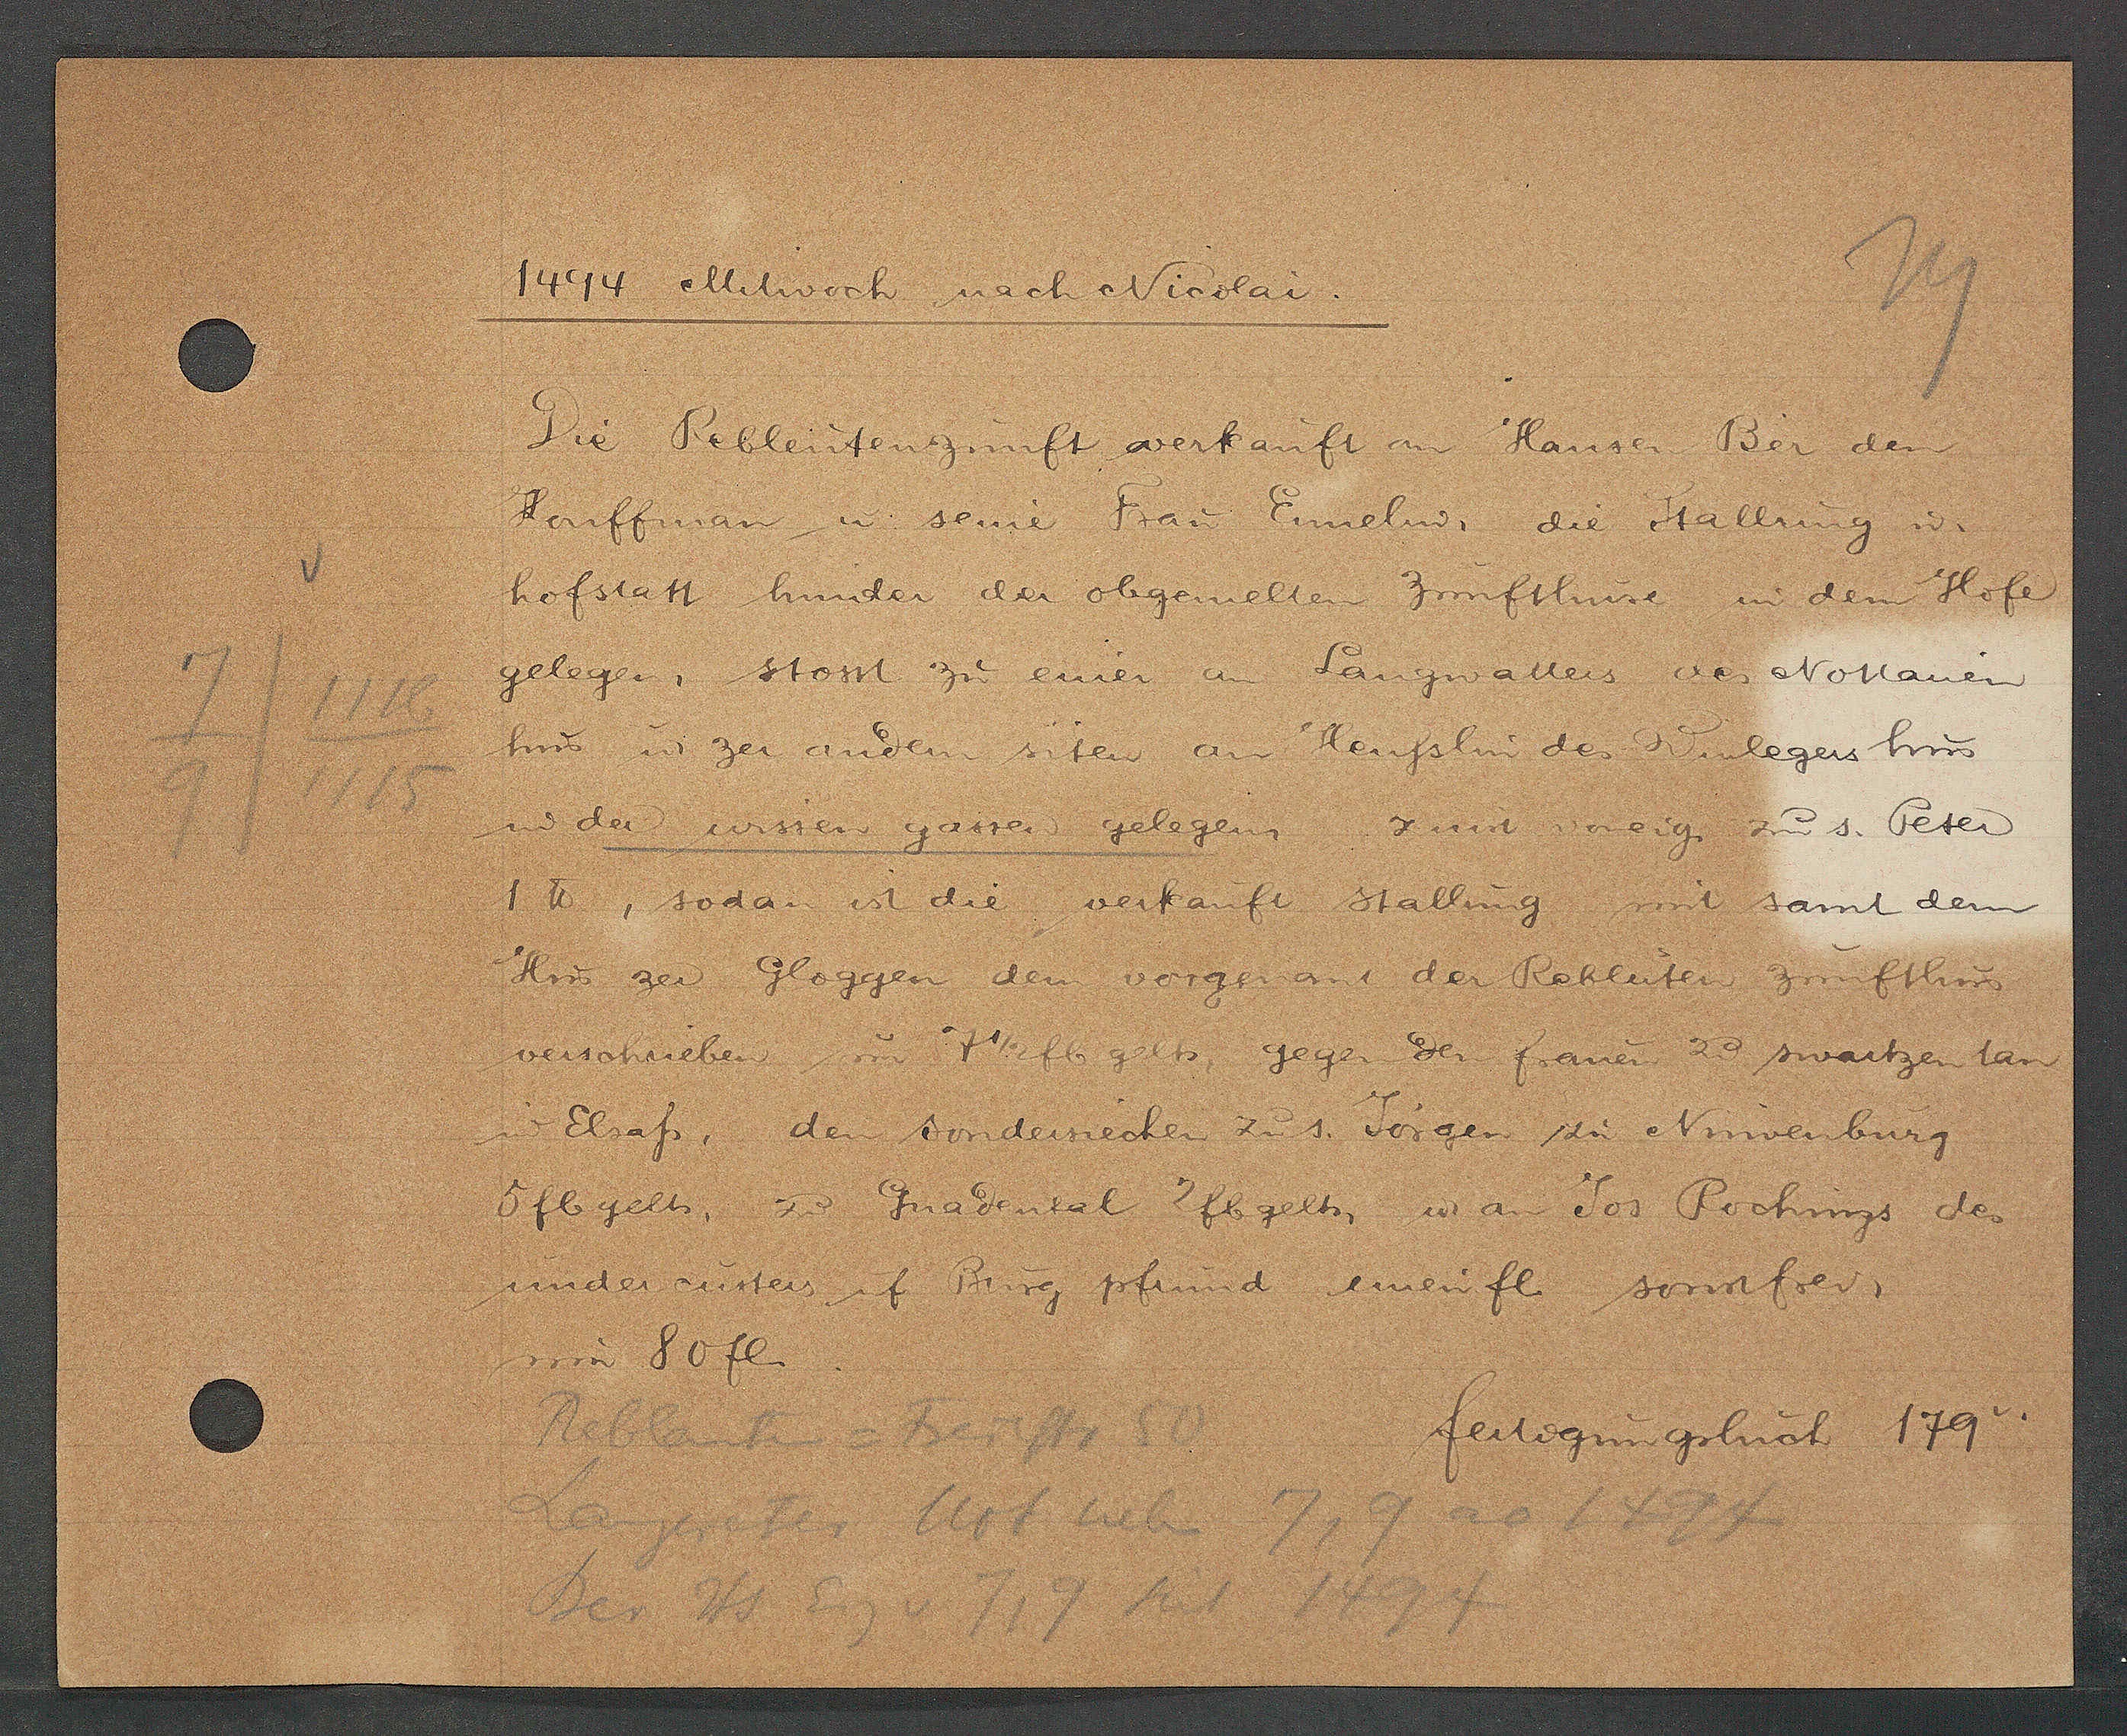
Transcript:
7/9 / 1118/1115

1494 Mitwoch nach Nicolai.
Die Rebleutenzunft verkauft an Hansen Ber den
Keuffman u. seine Frau Ennelin, die Stalhrung ư
hofstatt hinder der obgemelten Zunfthuse in dem Hofe
gelegen, stosst zu einer an Langwallers des Notharen
hus ư zer aindern siten am Heufslin den Winlegers hus
 der wissen gassen gelegen zinst voneig. zu s. Peter
1 ℔, sodan ist die verkauft stallung mit samt dem
Hus zer Gloggen dem vorgenant der Rebleiter Zunfthus
verschrieben um 7 1/2 fl. gelts, gegen der frauen zu swartzen tan
im Elsass, den sondersiechen zu s. Jörgen zu Nuwenburg
5fl gelts, zu Gnadental 2fl gelts, ư an Jos Rochings des
under curten uf Burg pfrund einen fl. sonstfrei.
um 80 fl.

fertigungsbuch 179v.

Reblaufen= betrifft 50
Langeweter Not neben 7,9 ao 1474
Der Hs Eig v. 7,9 seit 1494